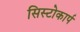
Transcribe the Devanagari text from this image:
सिस्टोकार्प